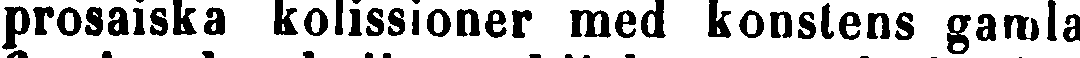
prosaiska kolissioner med konstens gamla